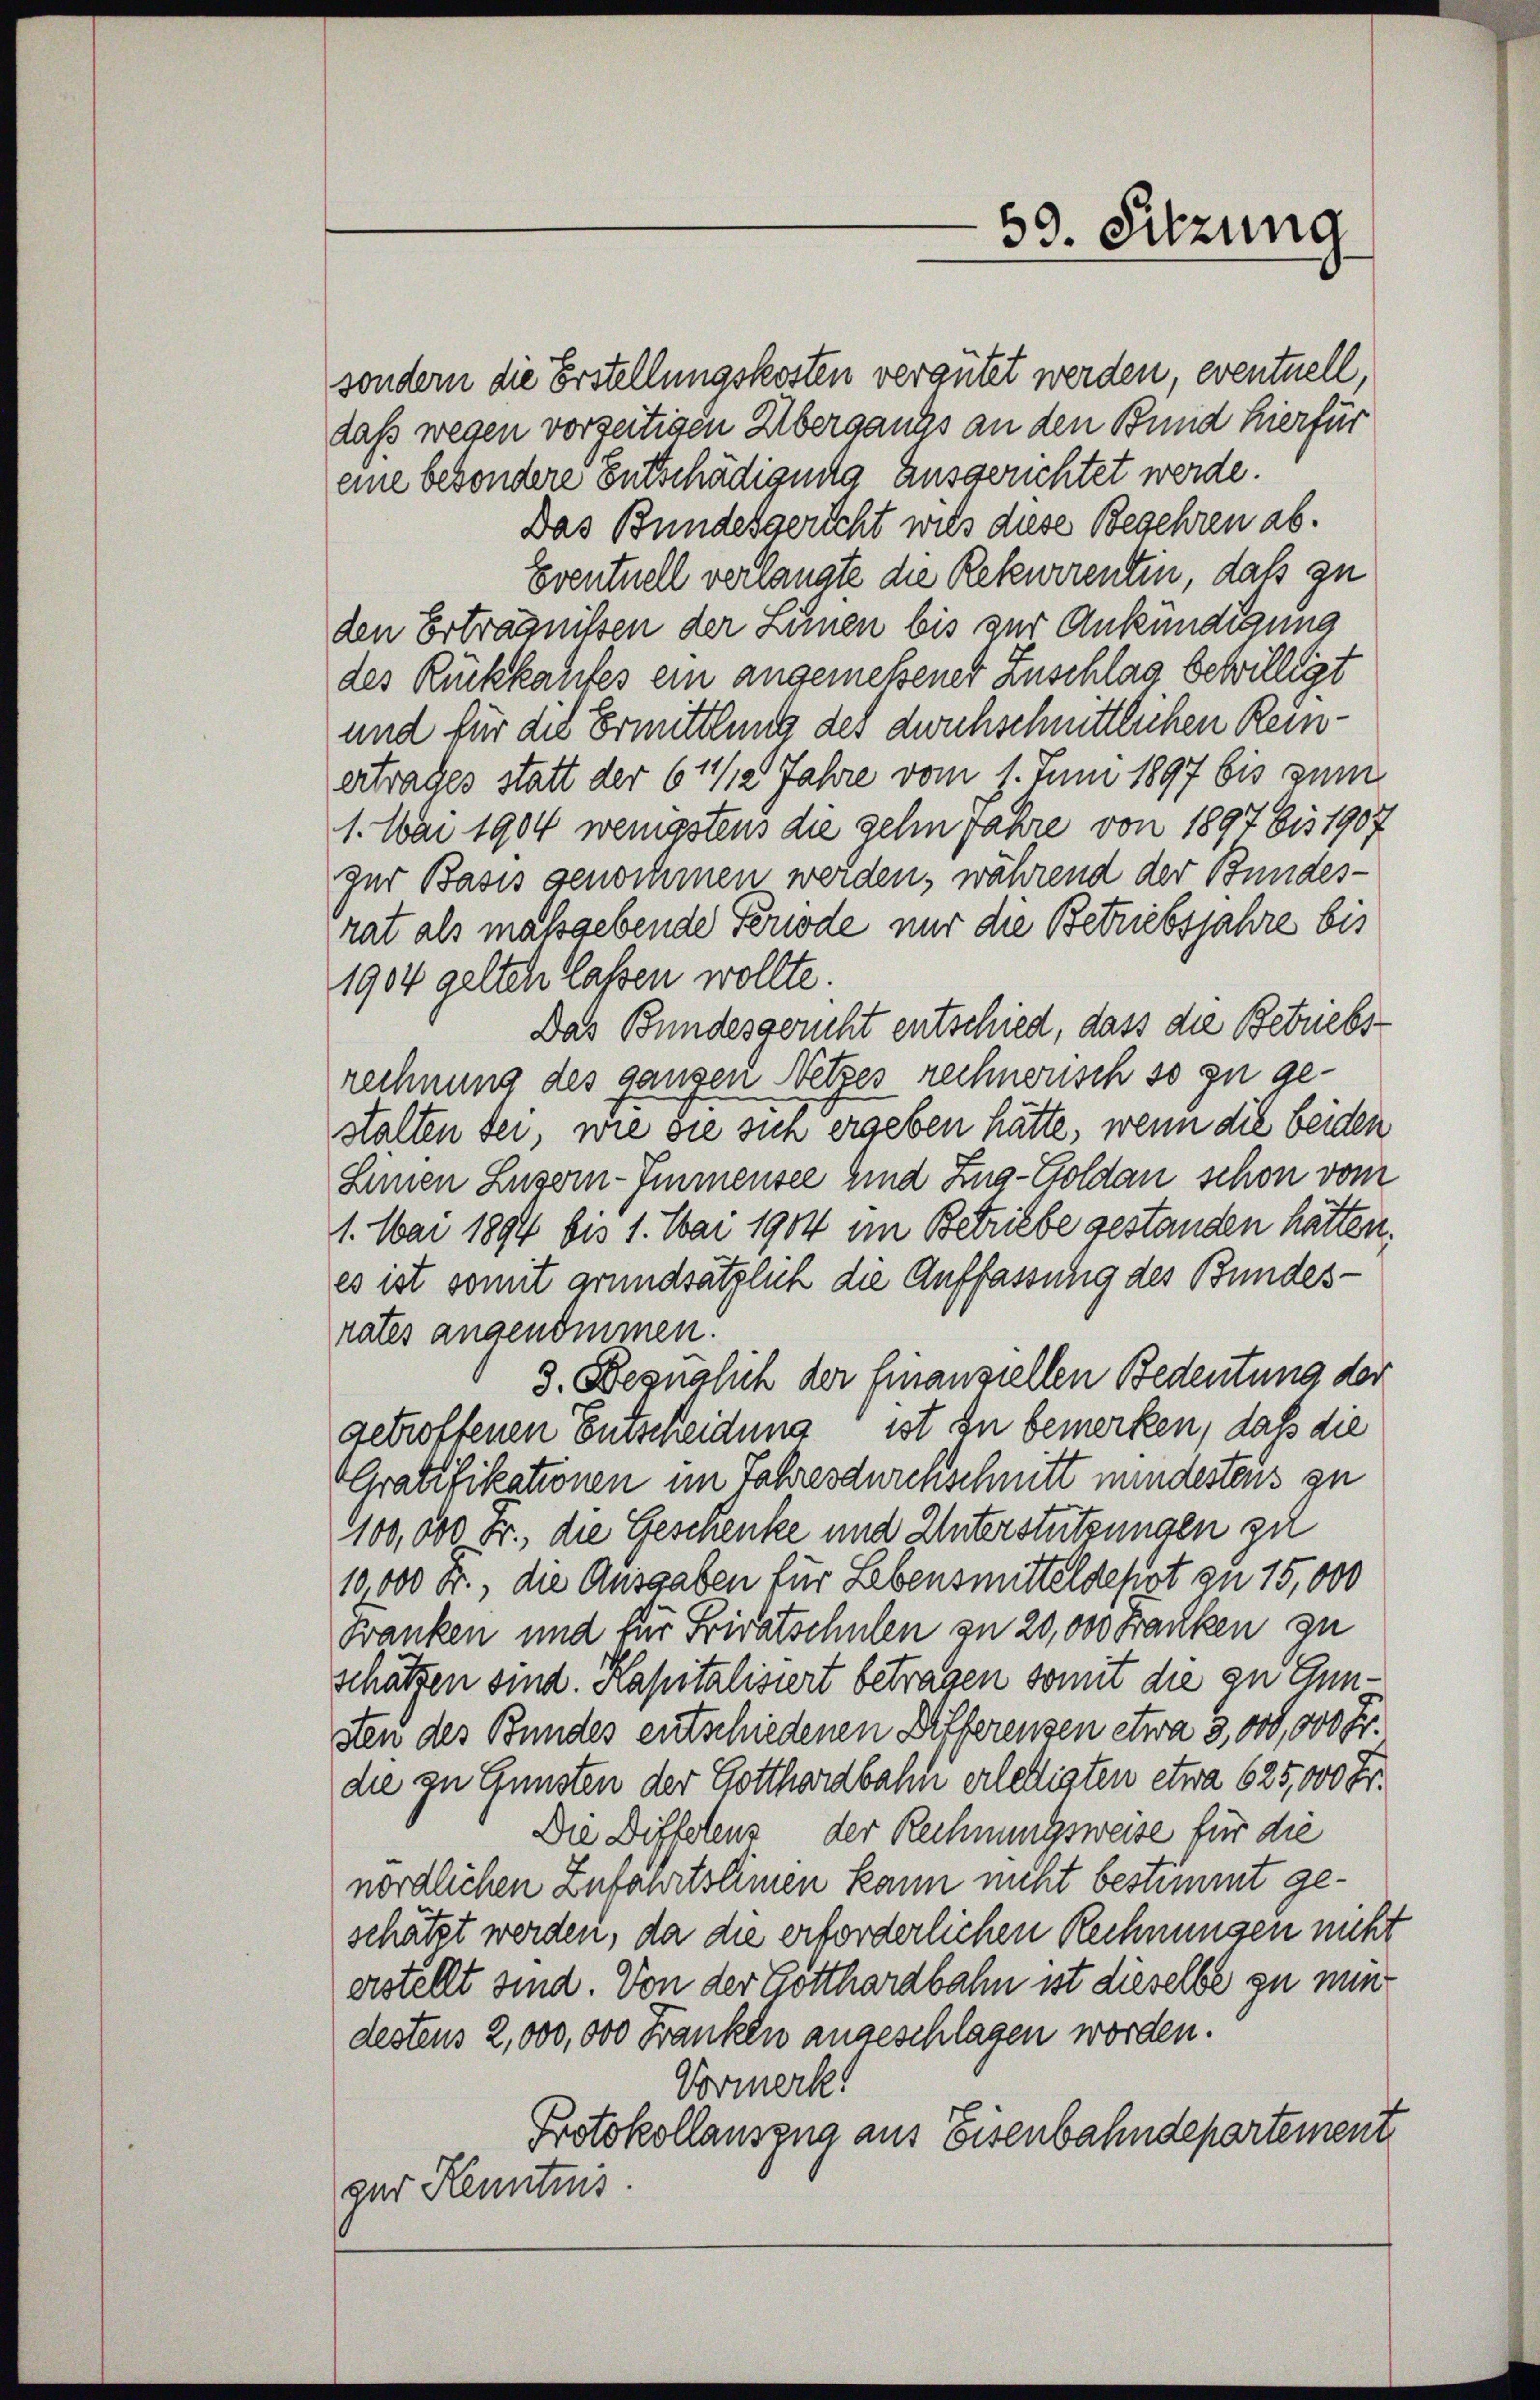
sondern die Erstellungskosten vergütet werden, eventuell,
daß wegen vorzeitigen Übergangs an den Bund hierfür
eine besondere Entschädigung ausgerichtet werde.
Das Bundesgericht wils diese Begehren ab.
Eventuell verlangte die Rekurrentin, daß zu
den Erträgnissen der Lunen bis zur Ankündigung
des Rückkaufes ein angemeßener Zuschlag bewilligt
und für die Ermittlung des durchschnittlichen Reinertrages statt der 6 1/2 Jahre vom 1. Juni 1897 bis zum
1. Mai 1904 wenigstens die gehn Jahre von 1897 bis 1907
zur Basis genohmen werden, während der Bundes-
rat als maßgebende Periode nur die Betriebsjahre bis
1904 gelten lassen wollte.
Das Bundesgericht entschied, dass die Betriebsrechnung des ganzen Netzes rechnerisch so zu gestalten sei, wie sie sich ergeben hätte, wenn die beiden
Seinen Luzern-Immensee sind Zug-Goldau schon vom
1. Mai 1894 bis 1. Mai 1904 im Betriebe gestanden hätten.
es ist somit grundsätzlich die Auffassung des Bundes-
rates angenommen.
3. Begnalich der Finanziellen Bedeutung der
getroffenen Entscheidung ist zu bemerken, daß die
Gratifikationen im Jahres durchschnitt mindestens zu
100,000 Fr., die Geschenke und Unterstützungen zu
19,000 Fr. die Ausgaben für Lebensmittelsepot zu 15,000
Franken und für Frivatschulen zu 20,000 Franken zu
schätzen sind. Kapitalisiert betragen somit die zu Ensten des Bundes entschiedenen Differenzen etwa 3,000,000 Fr.
die zu Gunsten der Gotthardbahn erlettigten etwa 625,000 Fr.
Die Diffelens der Rechnungsweise für die
nördlichen Zufahrtslimen kann nicht bestimmt geschätzt werden, da die erforderlichen Rechnungen nicht
erstellt sind. Von der Gotthardbahn ist dieselbe zu nundestens 2,000,000 Franken angeschlagen worden.
Vormerk!
Protokollauszug aus Eisenbahndepartement.
zur Kenntnis.

59. Sitzung